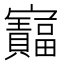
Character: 𫴦